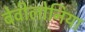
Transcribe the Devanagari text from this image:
बेवीलोनिया